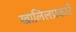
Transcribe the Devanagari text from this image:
खालिलप्रकारे